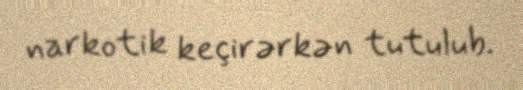
narkotik keçirərkən tutulub.